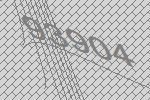
93904